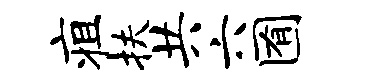
疽扶共六囿